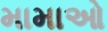
મામાઓ